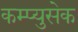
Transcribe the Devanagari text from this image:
कम्प्युसेक